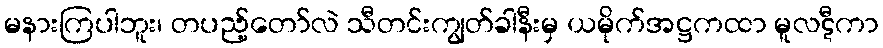
မနားကြပါဘူး၊ တပည့်တော်လဲ သီတင်းကျွတ်ခါနီးမှ ယမိုက်အဋ္ဌကထာ မူလဋီကာ